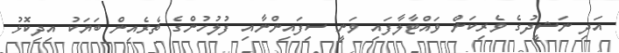
އަދި ނަޝީދުގެ ވެރިކަން ވައްޓާލާފައި ވަނީ ސިފައިންނާއި ފުލުހުންގެ ތެރެއިން ބަޔަކު އިދިކޮޅު